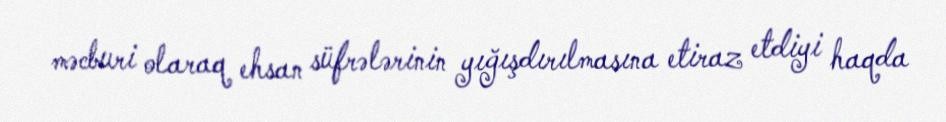
məcburi olaraq ehsan süfrələrinin yığışdırılmasına etiraz etdiyi haqda